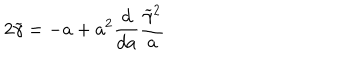
2 \widetilde \gamma = - a + a ^ { 2 } { \frac { d } { d a } } { \frac { \widetilde \gamma ^ { 2 } } { a } }